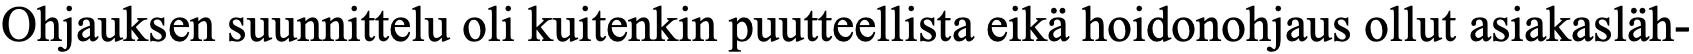
Ohjauksen suunnittelu oli kuitenkin puutteellista eikä hoidonohjaus ollut asiakasläh-